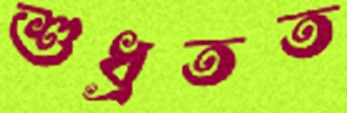
শুধ্‌রতত